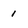
Character: 1